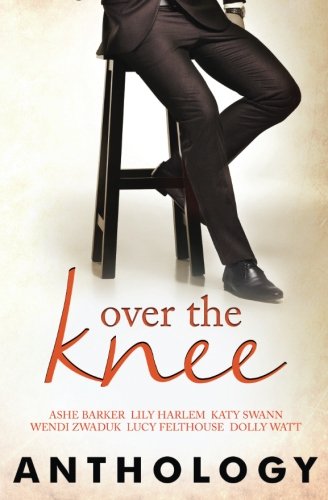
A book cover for Over the Knee; Ashe Barker; Romance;